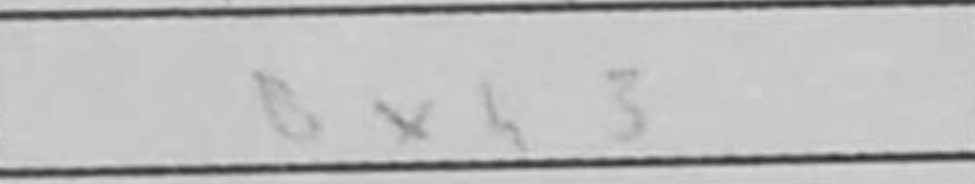
Transcription: Bxh3